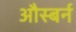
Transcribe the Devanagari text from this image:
औस्बर्न